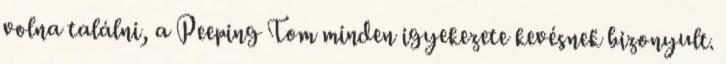
volna találni, a Peeping Tom minden igyekezete kevésnek bizonyult.